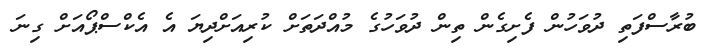
ބުރާސްފަތި ދުވަހުން ފެށިގެން ތިން ދުވަހުގެ މުއްދަތަށް ކުރިއަށްދިޔަ އެ އެކްސްޕޯއަށް ގިނަ